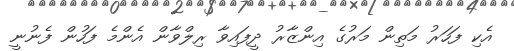
އެކި ފަހަރު މަތިން މަރުގެ އިންޒާރު ދީފައިވާ ރިލްވާން އެންމެ ފަހުން ފެނުނީ